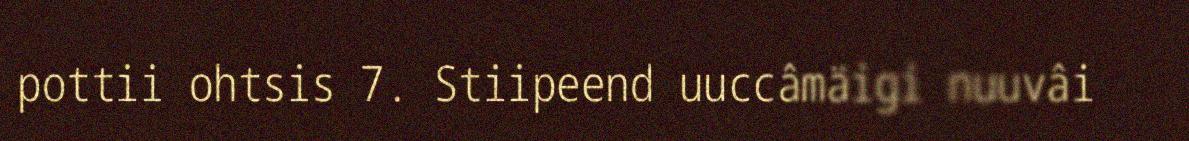
pottii ohtsis 7. Stiipeend uuccâmäigi nuuvâi